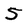
Character: 5